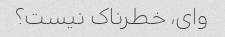
وای، خطرناک نیست؟